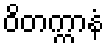
ဝိတက္ကာနံ